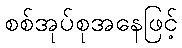
စစ်အုပ်စုအနေဖြင့်